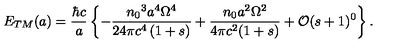
E _ { T M } ( a ) = \frac { \hbar c } { a } \left\{ - \frac { { n _ { 0 } } ^ { 3 } a ^ { 4 } { \Omega } ^ { 4 } } { 2 4 \pi c ^ { 4 } \left( 1 + s \right) } + \frac { n _ { 0 } a ^ { 2 } \Omega ^ { 2 } } { 4 \pi c ^ { 2 } ( 1 + s ) } + \mathcal { O } ( s + 1 ) ^ { 0 } \right\} .